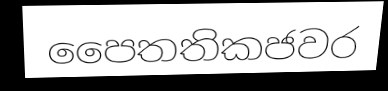
පෛතතිකජවර